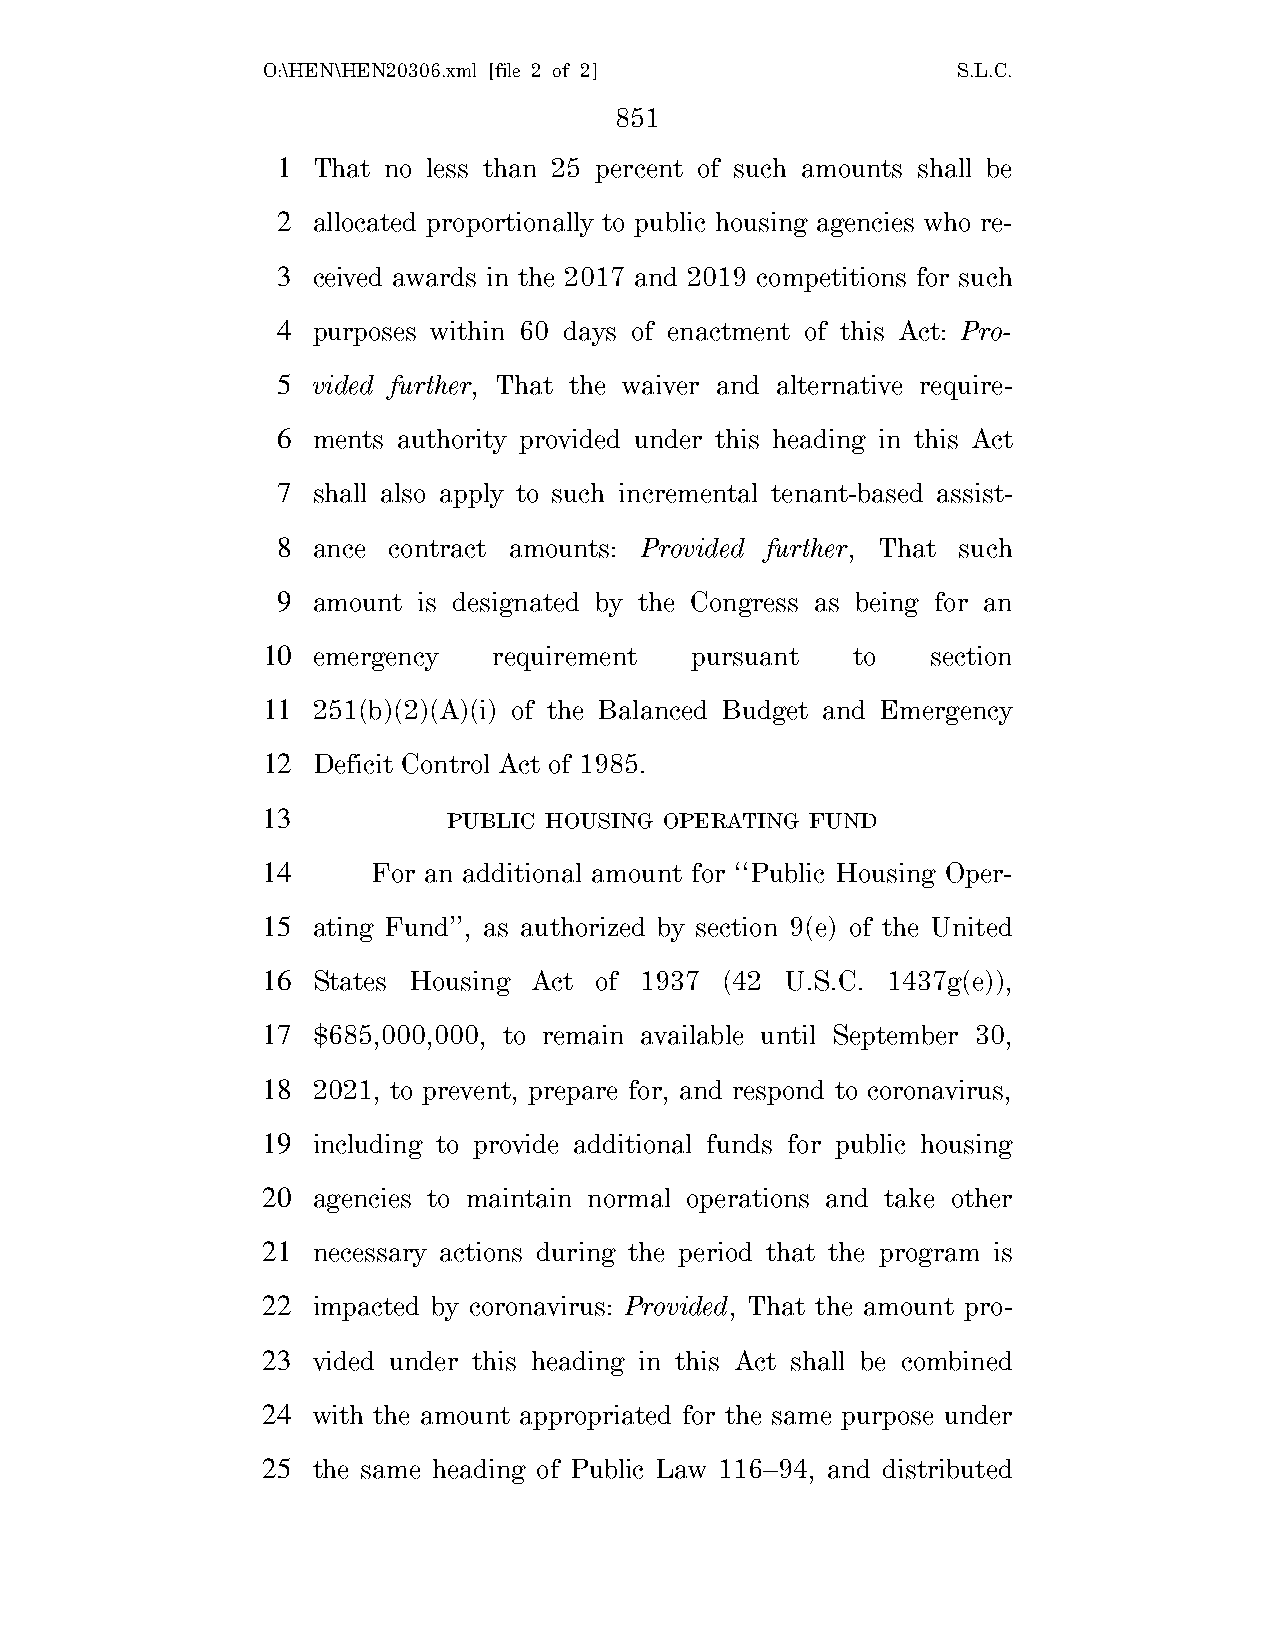
O:\HEN\HEN20306.xml [file 2 of 2]             S.L.C.
 851
 1  That no less than 25 percent of such amounts shall be
 2  allocated proportionally to public housing agencies who re-
 3  ceived awards in the 2017 and 2019 competitions for such
 4  purposes within 60 days of enactment of this Act: Pro-
 5  vided further, That the waiver and alternative require-
 6  ments authority provided under this heading in this Act
 7  shall also apply to such incremental tenant-based assist-
 8  ance contract amounts: Provided further, That such
 9  amount is designated by the Congress as being for an
 10  emergency   requirement  pursuant  to    section
 11  251(b)(2)(A)(i) of the Balanced Budget and Emergency
 12  Deficit Control Act of 1985.
 13           PUBLIC HOUSING OPERATING FUND
 14      For an additional amount for ‘‘Public Housing Oper-
 15  ating Fund’’, as authorized by section 9(e) of the United
 16  States Housing Act of 1937 (42 U.S.C. 1437g(e)),
 17  $685,000,000, to remain available until September 30,
 18  2021, to prevent, prepare for, and respond to coronavirus,
 19  including to provide additional funds for public housing
 20  agencies to maintain normal operations and take other
 21  necessary actions during the period that the program is
 22  impacted by coronavirus: Provided, That the amount pro-
 23  vided under this heading in this Act shall be combined
 24  with the amount appropriated for the same purpose under
 25  the same heading of Public Law 116–94, and distributed